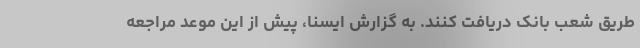
طریق شعب بانک دریافت کنند. به گزارش ایسنا، پیش از این موعد مراجعه